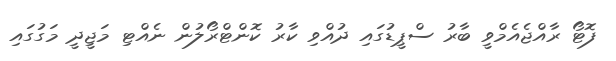
ފޮޓޯ ރާއްޖެއެމްވީ ބާރު ސްޕީޑުގައި ދުއްވި ކާރު ކޮންޓްރޯލުން ނެއްޓިި މަޖީދީ މަގުގައި